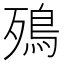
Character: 殦